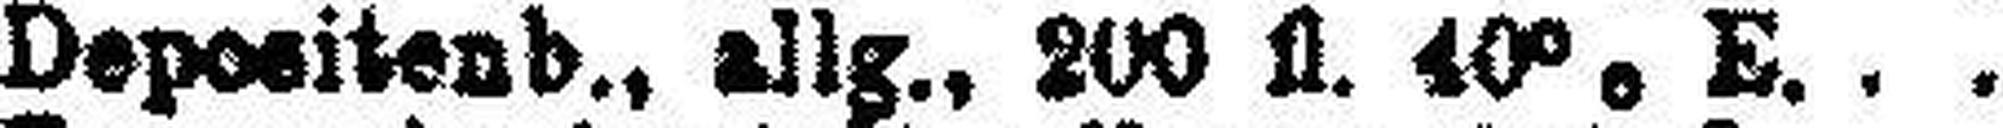
Depositenb., allg., 200 fl. 40% E.